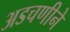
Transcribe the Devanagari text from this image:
अडचणीने